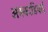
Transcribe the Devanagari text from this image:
अक्काडियाई